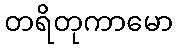
တရိတုကာမော